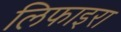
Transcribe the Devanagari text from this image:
लिफाइरा